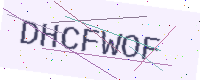
Text: DHCFWOF